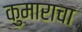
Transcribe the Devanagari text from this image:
कुमाराचा